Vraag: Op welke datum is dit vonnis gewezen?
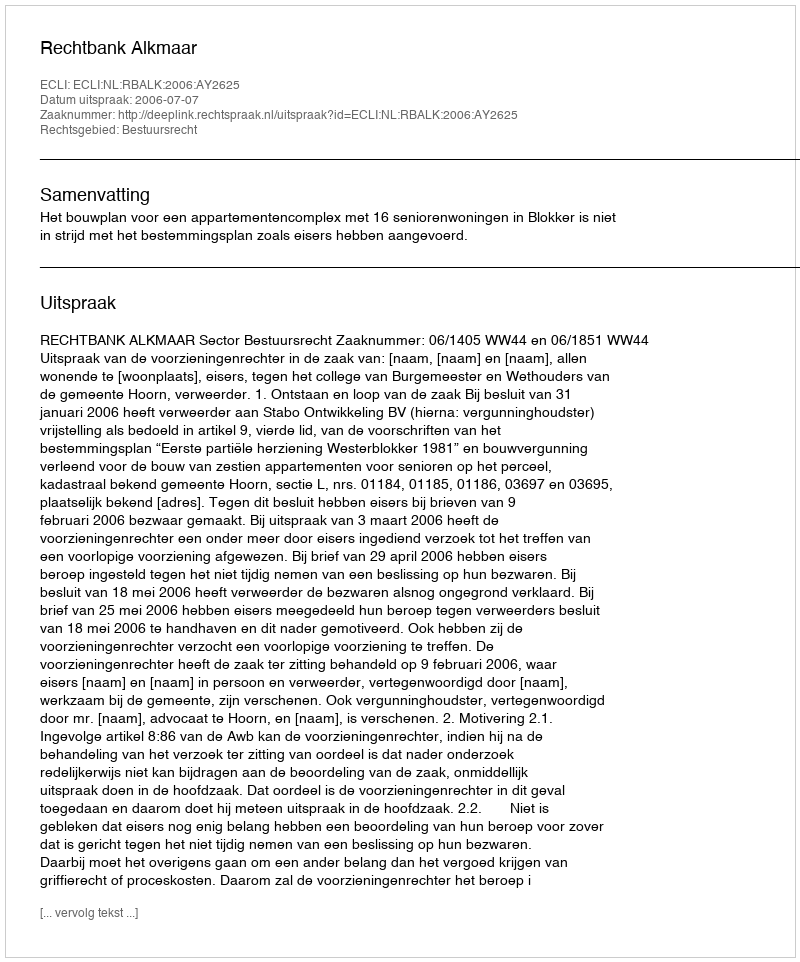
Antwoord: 2006-07-07